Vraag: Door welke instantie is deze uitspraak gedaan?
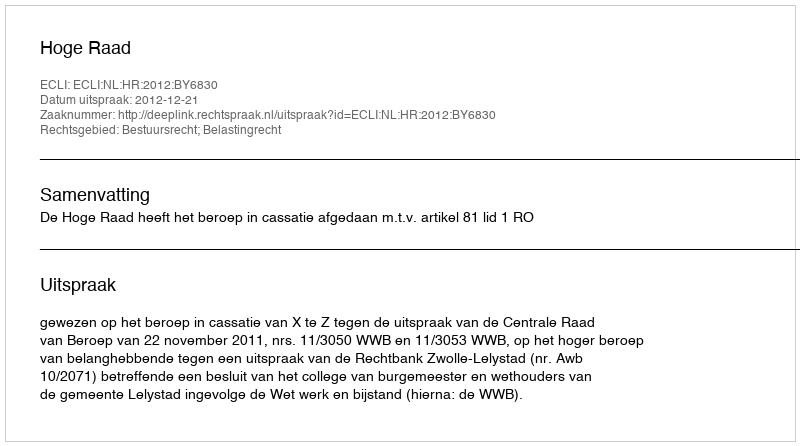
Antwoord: Hoge Raad